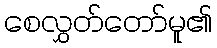
စေလွှတ်တော်မူ၏